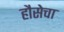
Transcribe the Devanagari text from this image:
हौसेचा